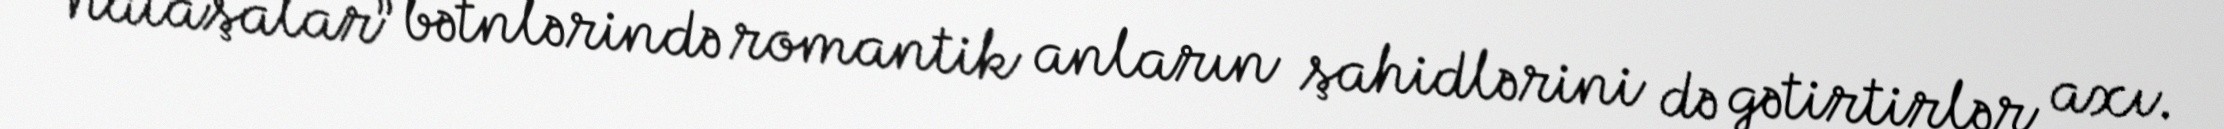
“nataşalar” bətnlərində romantik anların şahidlərini də gətirtirlər axı.